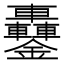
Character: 𨰵